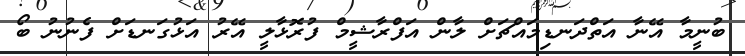
ބުނީމާ އޭނާ އަތްދަނޑިމައްޗަށް ލާން އަފްރާޝީމް ފުރޮޅާލީ އޭރު އަޅުގަނޑަށް ފެނުނު ބޯ